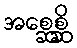
အစ္ဆေစ္ဆိ